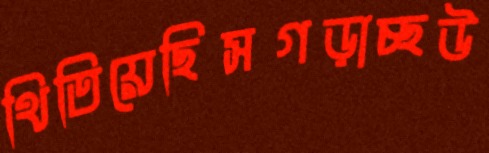
থিতিয়েছিসগড়াচ্ছউ